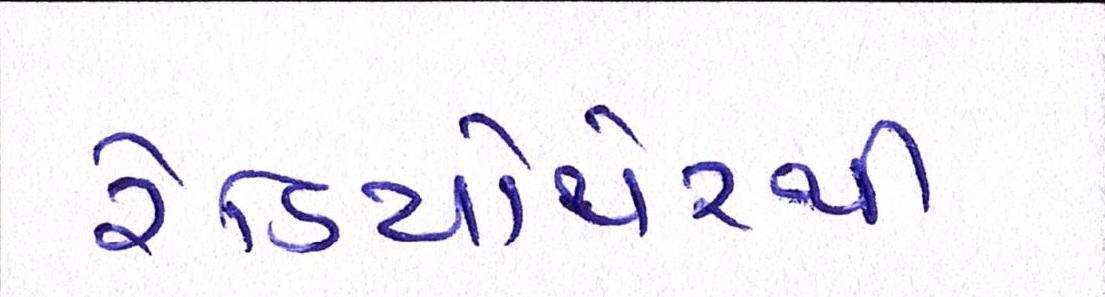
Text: રેડિયોથેરપી